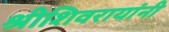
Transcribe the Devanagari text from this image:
श्रीशिवरायांनी